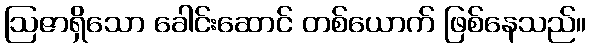
ဩဇာရှိသော ခေါင်းဆောင် တစ်ယောက် ဖြစ်နေသည်။